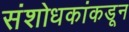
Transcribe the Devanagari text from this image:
संशोधकांकडून